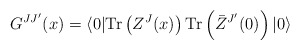
\begin{align*}G^{JJ'}(x)=\langle 0| {\rm Tr} \left( Z^J(x) \right){\rm Tr} \left( \bar Z^{J'}(0) \right)|0\rangle\end{align*}